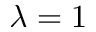
\lambda = 1